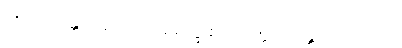
၉၅၃။ သန္တာနော ဒေဝရုက္ခေ စ၊ ဝုတ္တော သန္တတိယံ ပျထ။